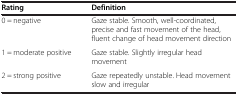
<table><thead><tr><td><b>Rating</b></td><td><b>Definition</b></td></tr></thead><tbody><tr><td>0 = negative</td><td>Gaze stable. Smooth, well-coordinated, precise and fast movement of the head, fluent change of head movement direction</td></tr><tr><td>1 = moderate positive</td><td>Gaze stable. Slightly irregular head movement</td></tr><tr><td>2 = strong positive</td><td>Gaze repeatedly unstable. Head movement slow and irregular</td></tr></tbody></table>